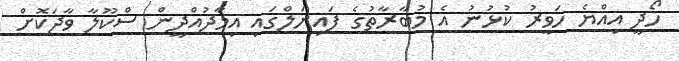
ހޯދީ އިއްޔެ ހަވީރު ކުޅުނު އެ މުބާރާތުގެ ފައިނަލްގައި އިމާދުއްދީން ސްކޫލާ ވާދަކޮށް